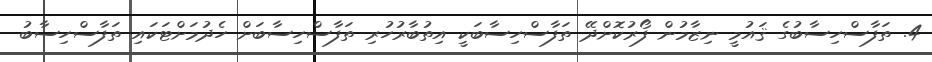
4. ތަފާސްހިސާބުގެ ޤައުމީ ނިޒާމުން ފޯރުކޮށްދޭ ތަފާސްހިސާބަކީ އިތުބާރުހުރި ތަފާސްހިސާބަށް ހެދުމަށްޓަކައި ތަފާސްހިސާބު